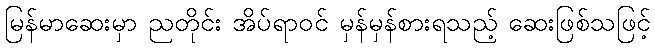
မြန်မာဆေးမှာ ညတိုင်း အိပ်ရာဝင် မှန်မှန်စားရသည့် ဆေးဖြစ်သဖြင့်